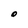
Character: O